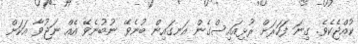
ކުއްޖެކެވެ. ގިނަ ފަހަރަށް ރުޅިއައިސްގެން އަނގައިން ބުނެވޭ ނުބުނެވޭ އެއް ނަޖުވާ އަކަށް